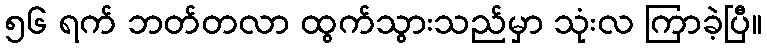
၅၆ ရက် ဘတ်တလာ ထွက်သွားသည်မှာ သုံးလ ကြာခဲ့ပြီ။